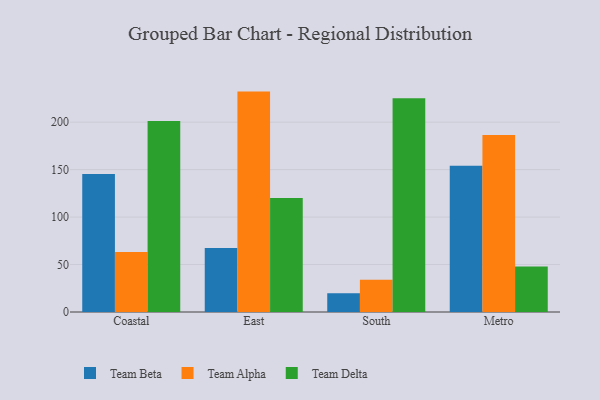
{"axis": {"x": "Region", "y": "Budget (USD K)"}, "legend": ["Team Alpha", "Team Beta", "Team Delta"], "data": [{"x": "Coastal", "y": 145.4, "type": "Team Beta"}, {"x": "Coastal", "y": 63.3, "type": "Team Alpha"}, {"x": "Coastal", "y": 201.3, "type": "Team Delta"}, {"x": "East", "y": 67.3, "type": "Team Beta"}, {"x": "East", "y": 232.2, "type": "Team Alpha"}, {"x": "East", "y": 120.0, "type": "Team Delta"}, {"x": "South", "y": 19.7, "type": "Team Beta"}, {"x": "South", "y": 33.9, "type": "Team Alpha"}, {"x": "South", "y": 225.1, "type": "Team Delta"}, {"x": "Metro", "y": 154.0, "type": "Team Beta"}, {"x": "Metro", "y": 186.6, "type": "Team Alpha"}, {"x": "Metro", "y": 48.0, "type": "Team Delta"}]}